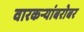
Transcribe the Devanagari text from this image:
वारकर्‍यांबरोबर